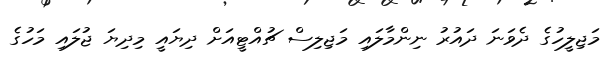
މަޖިލީހުގެ ދެވަނަ ދައުރު ނިންމާލައި މަޖިލިސް ޗުއްޓީއަށް ދިޔައީ މިދިޔަ ޖުލައި މަހުގެ